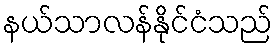
နယ်သာလန်နိုင်ငံသည်